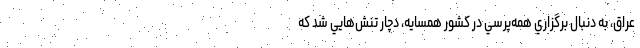
عراق، به دنبال برگزاري همه‌پرسي در كشور همسايه، دچار تنش‌هايي شد كه